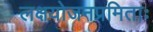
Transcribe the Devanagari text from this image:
लक्षयोजनप्रमिताः